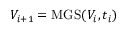
V _ { i + 1 } = \mathrm { M G S } ( V _ { i } , t _ { i } )